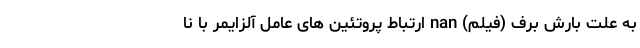
به علت بارش برف (فیلم) nan ارتباط پروتئین ‌های عامل آلزایمر با نا